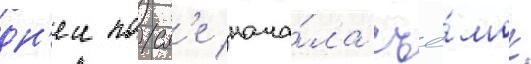
дн'еи посл'е нача́ла съё́мок